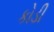
કોડી